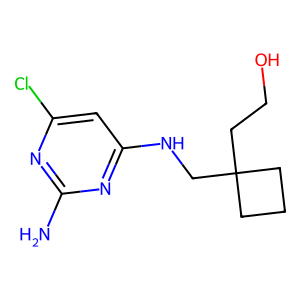
SMILES: Nc1nc(Cl)cc(NCC2(CCO)CCC2)n1
Inhibits HIV replication: No